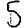
Digit: 5